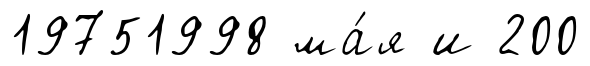
19751998 ма́я и 200